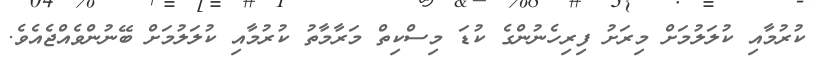
ކުރުމާއި ކުލަލުމަށް މިރަށު ފިރިހެނުންގެ ކުޑަ މިސްކިތް މަރާމާތު ކުރުމާއި ކުލަލުމަށް ބޭނުންވެއްޖެއެވެ.